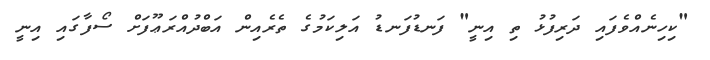
"ކިހިނެއްވެފައި ދަރިފުޅު ތި އިނީ" ފަނޑުފަނޑު އަލިކަމުގެ ތެރެއިން އަބްދުއްރަޢޫފަށް ސޯފާގައި އިނީ